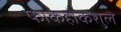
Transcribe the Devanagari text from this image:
फाकहोकशुले